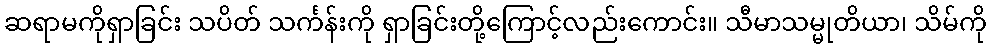
ဆရာမကိုရှာခြင်း သပိတ် သင်္ကန်းကို ရှာခြင်းတို့ကြောင့်လည်းကောင်း။ သီမာသမ္မုတိယာ၊ သိမ်ကို